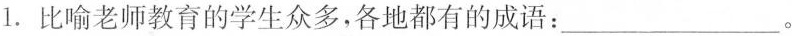
1.比喻老师教育的学生众多，各地都有的成语：___。